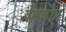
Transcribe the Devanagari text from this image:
वाइकोम